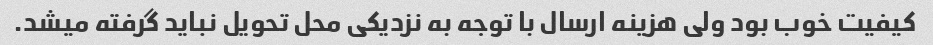
کیفیت خوب بود ولی هزینه ارسال با توجه به نزدیکی محل تحویل نباید گرفته میشد.